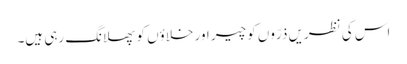
اس کی نظریں ذرّوں کو چیر اور خلاؤں کو پھلانگ رہی ہیں۔